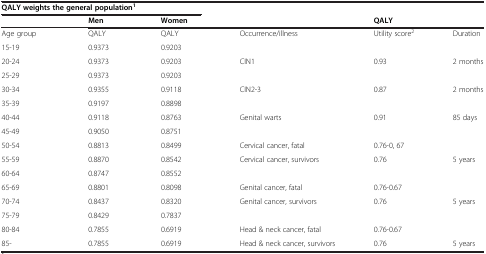
<table><thead><tr><td colspan="3"><b>QALY weights the general population<sup>1</sup></b></td><td></td><td></td><td></td></tr><tr><td></td><td><b>Men</b></td><td><b>Women</b></td><td></td><td colspan="2"><b>QALY</b></td></tr></thead><tbody><tr><td>Age group</td><td>QALY</td><td>QALY</td><td>Occurrence/illness</td><td>Utility score<sup>2</sup></td><td>Duration</td></tr><tr><td>15-19</td><td>0.9373</td><td>0.9203</td><td></td><td></td><td></td></tr><tr><td>20-24</td><td>0.9373</td><td>0.9203</td><td>CIN1</td><td>0.93</td><td>2 months</td></tr><tr><td>25-29</td><td>0.9373</td><td>0.9203</td><td></td><td></td><td></td></tr><tr><td>30-34</td><td>0.9355</td><td>0.9118</td><td>CIN2-3</td><td>0.87</td><td>2 months</td></tr><tr><td>35-39</td><td>0.9197</td><td>0.8898</td><td></td><td></td><td></td></tr><tr><td>40-44</td><td>0.9118</td><td>0.8763</td><td>Genital warts</td><td>0.91</td><td>85 days</td></tr><tr><td>45-49</td><td>0.9050</td><td>0.8751</td><td></td><td></td><td></td></tr><tr><td>50-54</td><td>0.8813</td><td>0.8499</td><td>Cervical cancer, fatal</td><td>0.76-0, 67</td><td></td></tr><tr><td>55-59</td><td>0.8870</td><td>0.8542</td><td>Cervical cancer, survivors</td><td>0.76</td><td>5 years</td></tr><tr><td>60-64</td><td>0.8747</td><td>0.8552</td><td></td><td></td><td></td></tr><tr><td>65-69</td><td>0.8801</td><td>0.8098</td><td>Genital cancer, fatal</td><td>0.76-0.67</td><td></td></tr><tr><td>70-74</td><td>0.8437</td><td>0.8320</td><td>Genital cancer, survivors</td><td>0.76</td><td>5 years</td></tr><tr><td>75-79</td><td>0.8429</td><td>0.7837</td><td></td><td></td><td></td></tr><tr><td>80-84</td><td>0.7855</td><td>0.6919</td><td>Head &amp; neck cancer, fatal</td><td>0.76-0.67</td><td></td></tr><tr><td>85-</td><td>0.7855</td><td>0.6919</td><td>Head &amp; neck cancer, survivors</td><td>0.76</td><td>5 years</td></tr></tbody></table>